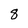
Character: 8